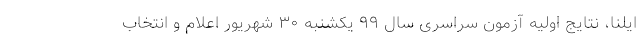
ایلنا، نتایج اولیه آزمون سراسری سال ۹۹ یکشنبه ۳۰ شهریور اعلام و انتخاب